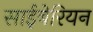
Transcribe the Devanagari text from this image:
साईबेरियन